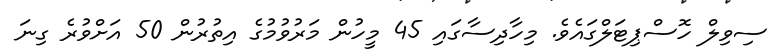
ސިވިލް ހޮސްޕިޓަލްގައެވެ. މިހާދިސާގައި 45 މީހުން މަރުވުމުގެ އިތުރުން 50 އަށްވުރެ ގިނަ